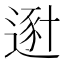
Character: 𨔿